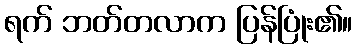
ရက် ဘတ်တလာက ပြန်ပြုံး၏။